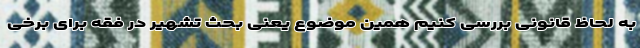
به لحاظ قانونی بررسی کنیم همین موضوع یعنی بحث تشهیر در فقه برای برخی